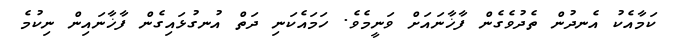
ކަމާއެކު އެނދުން ތެދުވެގެން ފާާޚާނައަށް ވަނީމެވެ. ހަމައެކަނި ދަތް އުނގުޅައިގެން ފާޚާނައިން ނިކުމެ